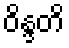
ဝိန္ဒတိ